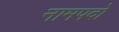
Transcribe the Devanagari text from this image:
नामपदो